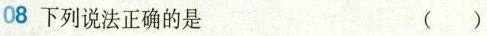
08下列说法正确的是（）